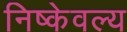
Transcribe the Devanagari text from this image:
निष्केवल्य